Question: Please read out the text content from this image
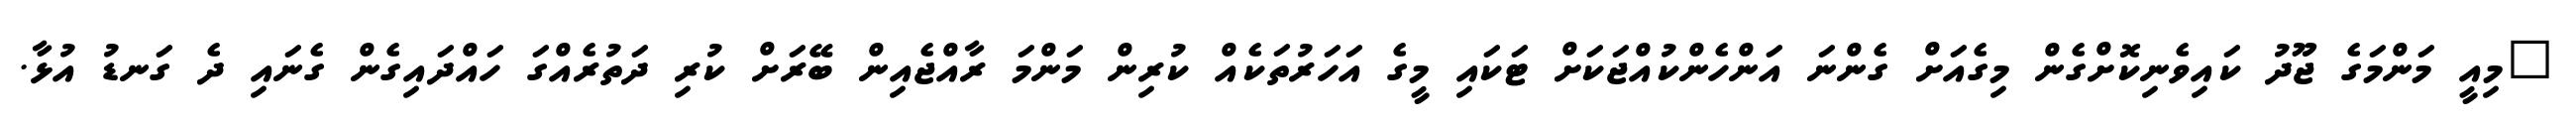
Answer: "މިއީ މަންމަގެ ޖޫދު ކައިވެނިކޮށްގެން މިގެއަށް ގެންނަ އަންހެންކުއްޖަކަށް ޓަކައި މީގެ އަހަރުތަކެއް ކުރިން މަންމަ ރާއްޖެއިން ބޭރަށް ކުރި ދަތުރެއްގަ ހައްދައިގެން ގެނައި ދެ ގަނޑު އުޅާ.